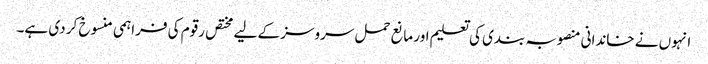
انہوں نے خاندانی منصوبہ بندی کی تعلیم اور مانع حمل سروسز کے لیے مختص رقوم کی فراہمی منسوخ کر دی ہے۔